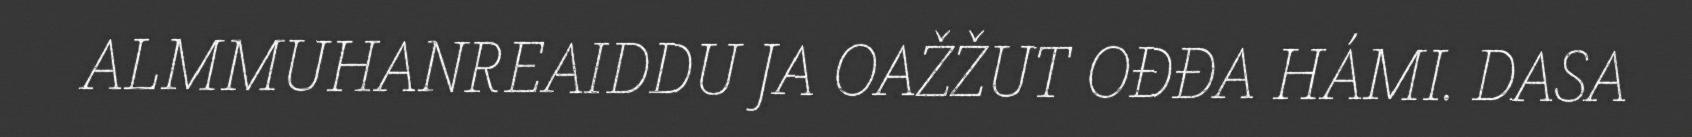
ALMMUHANREAIDDU JA OAŽŽUT OĐĐA HÁMI. DASA